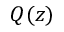
Q ( z )